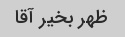
ظهر بخیر آقا